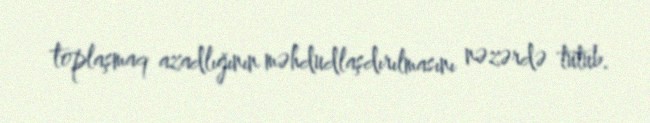
toplaşmaq azadlığının məhdudlaşdırılmasını nəzərdə tutub.